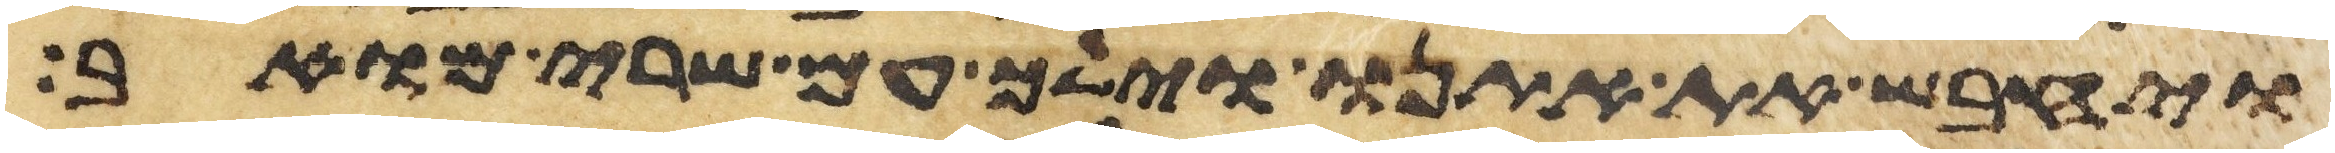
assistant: ויחבש את אתנו וילך עם שרי מואב